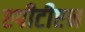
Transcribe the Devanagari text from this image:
एपीटीएन